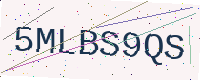
Text: 5MLBS9QS